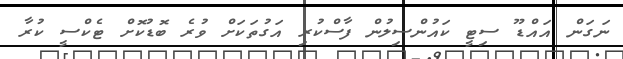
ނަގަން އައްޑޫ ސިޓީ ކައުންސިލުން ފާސްކުރި އަގުތަކަށް ވުރެ ބޮޑުކޮށް ޓެކްސީ ކުރާ